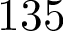
1 3 5